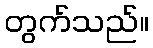
တွက်သည်။